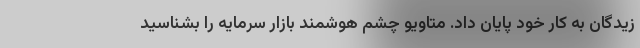
زیدگان به کار خود پایان داد. متاویو چشم هوشمند بازار سرمایه را بشناسید